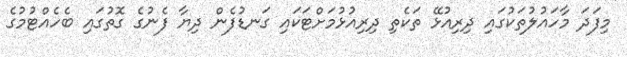
މިފަދަ މާހައުލުތަކުގައި ދިރިއުޅޭ ތަކެތި ދިރިއުޅުމަށްޓަކައި ގަނޑުފެން ދިޔާ ފެނުގެ ގޮތުގައި ބެހެއްޓުމުގެ